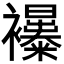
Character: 𧟊